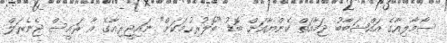
ސޯމާލިއާގެ އައްޝަބާބު ޖަމާއަތް ކެންޔާއަށް ބޮޑު "ބޮލުރިހުމަކަށް" ނައިޖީރިއާގެ އާ ރައީސް ޖެނެރަލް